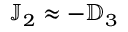
{ \mathbb J } _ { 2 } \approx - { \mathbb D } _ { 3 }